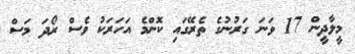
މީލާދީން 17 ވަނަ ގަރުނުގެ ތެރޭގައި ކޮންމެ އަހަރަކު ވެސް ރޯދަ މަސް